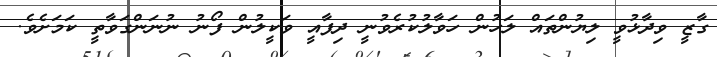
ގާޒީ ވިދާޅުވީ ލިޔުންތައް ލަހުން ހަވާލުކުރެވުނީ ދިފާއީ ވަކީލުން ފޯނު ނުނަންގަވާތީ ކަމަށެވެ.